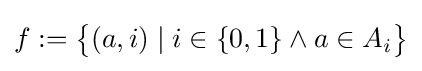
f:={\bigl \{}(a,i)\mid i\in \{0,1\}\wedge a\in A_{i}{\bigr \}}